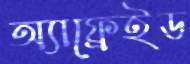
অ্যাফ্রেইড